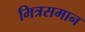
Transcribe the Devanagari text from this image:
मित्रसमान